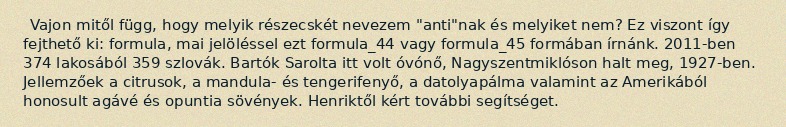
Vajon mitől függ, hogy melyik részecskét nevezem "anti"nak és melyiket nem? Ez viszont így fejthető ki: formula, mai jelöléssel ezt formula_44 vagy formula_45 formában írnánk. 2011-ben 374 lakosából 359 szlovák. Bartók Sarolta itt volt óvónő, Nagyszentmiklóson halt meg, 1927-ben. Jellemzőek a citrusok, a mandula- és tengerifenyő, a datolyapálma valamint az Amerikából honosult agávé és opuntia sövények. Henriktől kért további segítséget.